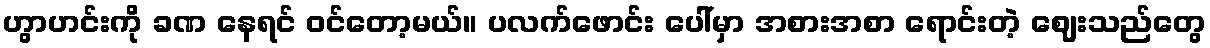
ဟွာဟင်းကို ခဏ နေရင် ဝင်တော့မယ်။ ပလက်ဖောင်း ပေါ်မှာ အစားအစာ ရောင်းတဲ့ ဈေးသည်တွေ